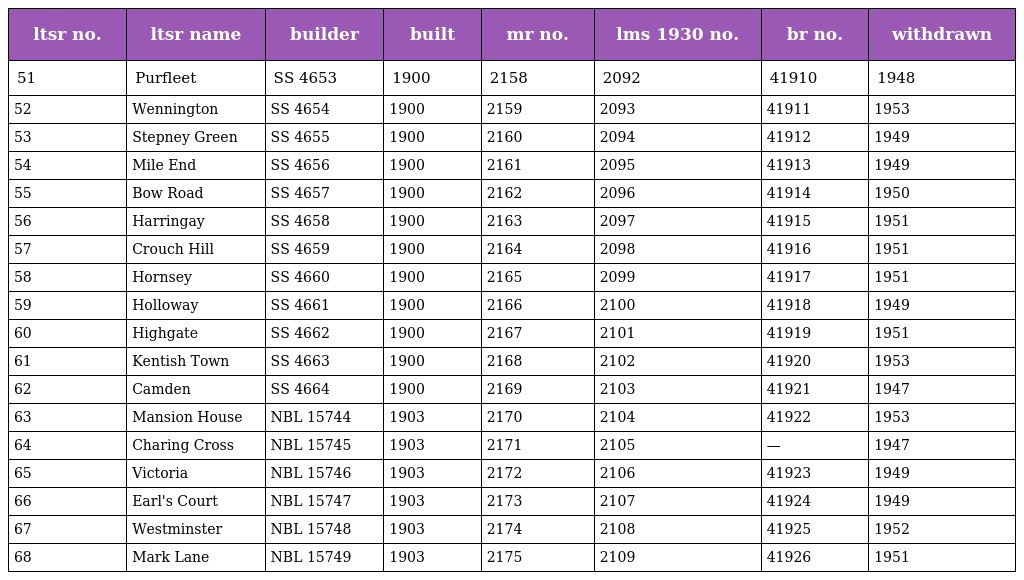
| ltsr no. | ltsr name | builder | built | mr no. | lms 1930 no. | br no. | withdrawn |
 | --- | --- | --- | --- | --- | --- | --- | --- |
 | 51 | Purfleet | SS 4653 | 1900 | 2158 | 2092 | 41910 | 1948 |
 | 52 | Wennington | SS 4654 | 1900 | 2159 | 2093 | 41911 | 1953 |
 | 53 | Stepney Green | SS 4655 | 1900 | 2160 | 2094 | 41912 | 1949 |
 | 54 | Mile End | SS 4656 | 1900 | 2161 | 2095 | 41913 | 1949 |
 | 55 | Bow Road | SS 4657 | 1900 | 2162 | 2096 | 41914 | 1950 |
 | 56 | Harringay | SS 4658 | 1900 | 2163 | 2097 | 41915 | 1951 |
 | 57 | Crouch Hill | SS 4659 | 1900 | 2164 | 2098 | 41916 | 1951 |
 | 58 | Hornsey | SS 4660 | 1900 | 2165 | 2099 | 41917 | 1951 |
 | 59 | Holloway | SS 4661 | 1900 | 2166 | 2100 | 41918 | 1949 |
 | 60 | Highgate | SS 4662 | 1900 | 2167 | 2101 | 41919 | 1951 |
 | 61 | Kentish Town | SS 4663 | 1900 | 2168 | 2102 | 41920 | 1953 |
 | 62 | Camden | SS 4664 | 1900 | 2169 | 2103 | 41921 | 1947 |
 | 63 | Mansion House | NBL 15744 | 1903 | 2170 | 2104 | 41922 | 1953 |
 | 64 | Charing Cross | NBL 15745 | 1903 | 2171 | 2105 | — | 1947 |
 | 65 | Victoria | NBL 15746 | 1903 | 2172 | 2106 | 41923 | 1949 |
 | 66 | Earl's Court | NBL 15747 | 1903 | 2173 | 2107 | 41924 | 1949 |
 | 67 | Westminster | NBL 15748 | 1903 | 2174 | 2108 | 41925 | 1952 |
 | 68 | Mark Lane | NBL 15749 | 1903 | 2175 | 2109 | 41926 | 1951 |